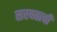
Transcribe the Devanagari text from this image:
सरबताची